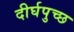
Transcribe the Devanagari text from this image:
दीर्घपुच्छ